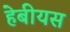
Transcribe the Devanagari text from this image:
हेबीयस